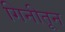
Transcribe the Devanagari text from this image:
गिनीतून